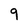
Character: 9